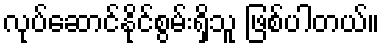
လုပ်ဆောင်နိုင်စွမ်းရှိသူ ဖြစ်ပါတယ်။